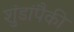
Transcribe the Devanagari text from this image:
शुंडांपैकी